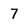
Character: 7